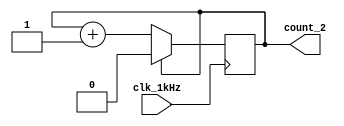
/**
 * Counter_2
 * 2(1kHz)
 */
module Counter_2(
	input clk_1kHz,			// 
	output reg count_2		// 
);

initial count_2 <= 0;

always @(posedge clk_1kHz) begin
	if(count_2 == 1'd1)
		count_2 <= 0;
	else
		count_2 <= count_2 + 1;
end

endmodule